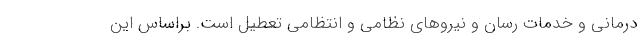
درمانی و خدمات رسان و نیروهای نظامی و انتظامی تعطیل است. براساس این